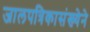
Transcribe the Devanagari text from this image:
जालपत्रिकासंख्येने